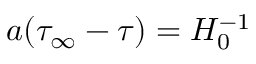
a ( \tau _ { \infty } - \tau ) = H _ { 0 } ^ { - 1 }